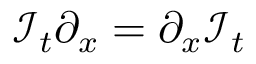
{ \mathcal { I } } _ { t } \partial _ { x } = \partial _ { x } { \mathcal { I } } _ { t }